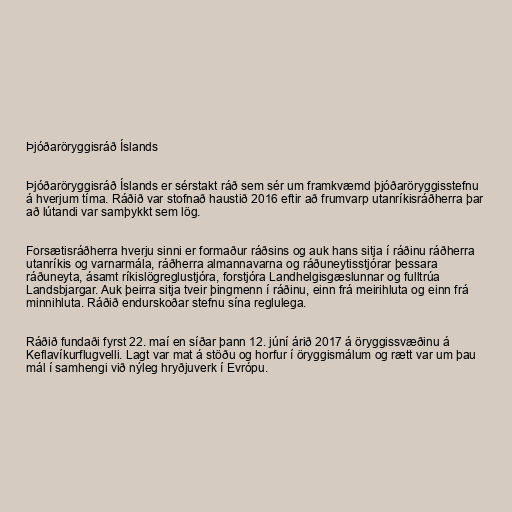
Þjóðaröryggisráð Íslands

Þjóðaröryggisráð Íslands er sérstakt ráð sem sér um framkvæmd þjóðaröryggisstefnu
á hverjum tíma. Ráðið var stofnað haustið 2016 eftir að frumvarp utanríkisráðherra þar
að lútandi var samþykkt sem lög.

Forsætisráðherra hverju sinni er formaður ráðsins og auk hans sitja í ráðinu ráðherra
utanríkis og varnarmála, ráðherra almannavarna og ráðuneytisstjórar þessara
ráðuneyta, ásamt ríkislögreglustjóra, forstjóra Landhelgisgæslunnar og fulltrúa
Landsbjargar. Auk þeirra sitja tveir þingmenn í ráðinu, einn frá meirihluta og einn frá
minnihluta. Ráðið endurskoðar stefnu sína reglulega.

Ráðið fundaði fyrst 22. maí en síðar þann 12. júní árið 2017 á öryggissvæðinu á
Keflavíkurflugvelli. Lagt var mat á stöðu og horfur í öryggismálum og rætt var um þau
mál í samhengi við nýleg hryðjuverk í Evrópu.